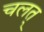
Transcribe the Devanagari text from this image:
चलत्